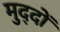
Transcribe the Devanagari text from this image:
मुद्‍दों